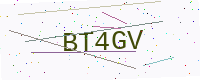
Text: BT4GV